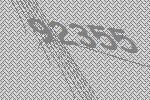
92355